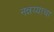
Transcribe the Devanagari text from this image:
नन्नय्याचा